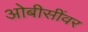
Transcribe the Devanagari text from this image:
ओबीसींवर